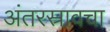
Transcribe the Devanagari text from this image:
अंतरस्रावचा